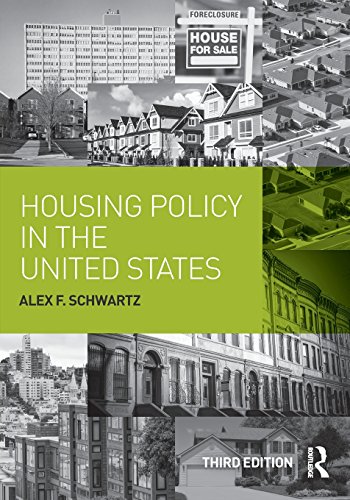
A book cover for Housing Policy in the United States; Alex F. Schwartz; Law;